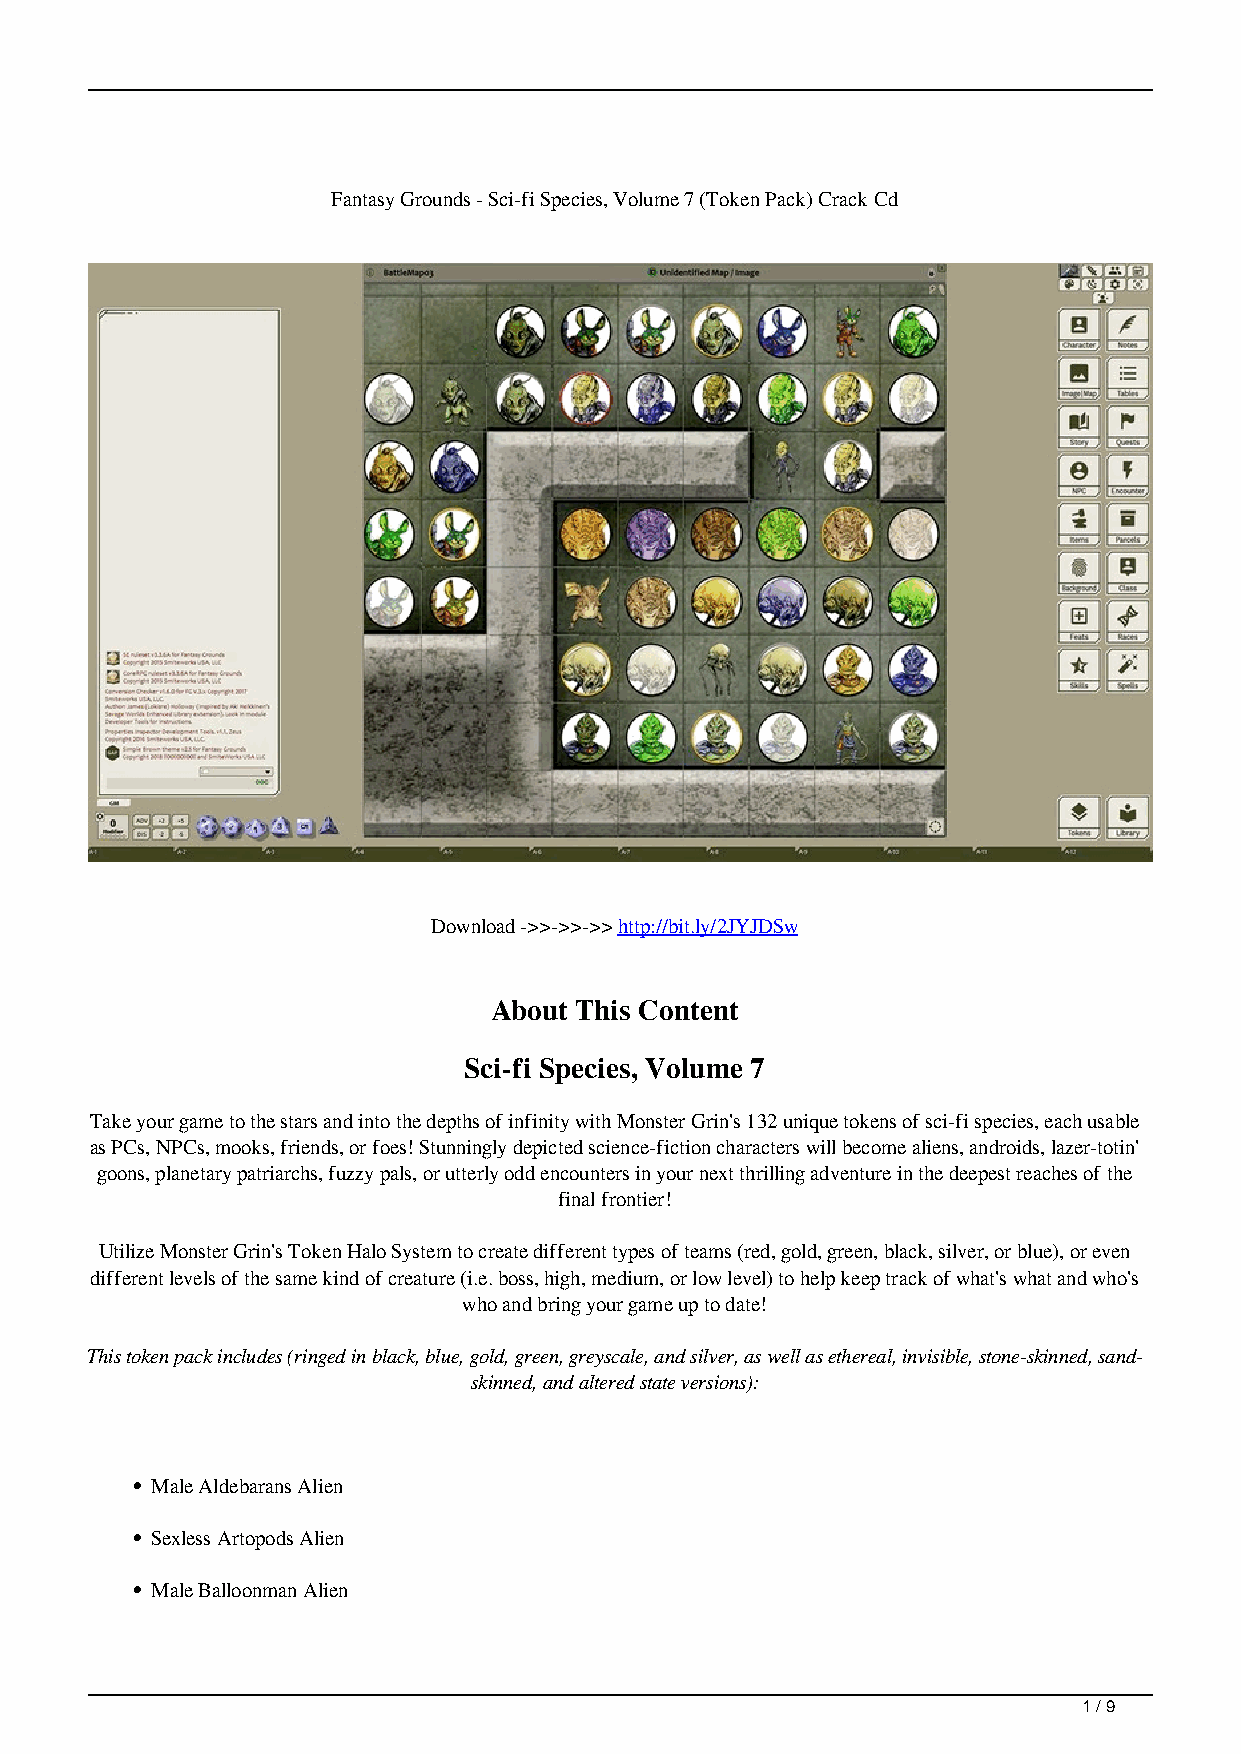
Fantasy Grounds - Sci-fi Species, Volume 7 (Token Pack) Crack Cd
 Download ->>->>->> http://bit.ly/2JYJDSw
 About This Content
 Sci-fi Species, Volume 7
 Take your game to the stars and into the depths of infinity with Monster Grin's 132 unique tokens of sci-fi species, each usable
 as PCs, NPCs, mooks, friends, or foes! Stunningly depicted science-fiction characters will become aliens, androids, lazer-totin'
 goons, planetary patriarchs, fuzzy pals, or utterly odd encounters in your next thrilling adventure in the deepest reaches of the
 final frontier!
 Utilize Monster Grin's Token Halo System to create different types of teams (red, gold, green, black, silver, or blue), or even
 different levels of the same kind of creature (i.e. boss, high, medium, or low level) to help keep track of what's what and who's
 who and bring your game up to date!
 This token pack includes (ringed in black, blue, gold, green, greyscale, and silver, as well as ethereal, invisible, stone-skinned, sand-
 skinned, and altered state versions):
 Male Aldebarans Alien
 Sexless Artopods Alien
 Male Balloonman Alien
 1 / 9